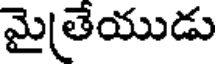
మైతేయుడు